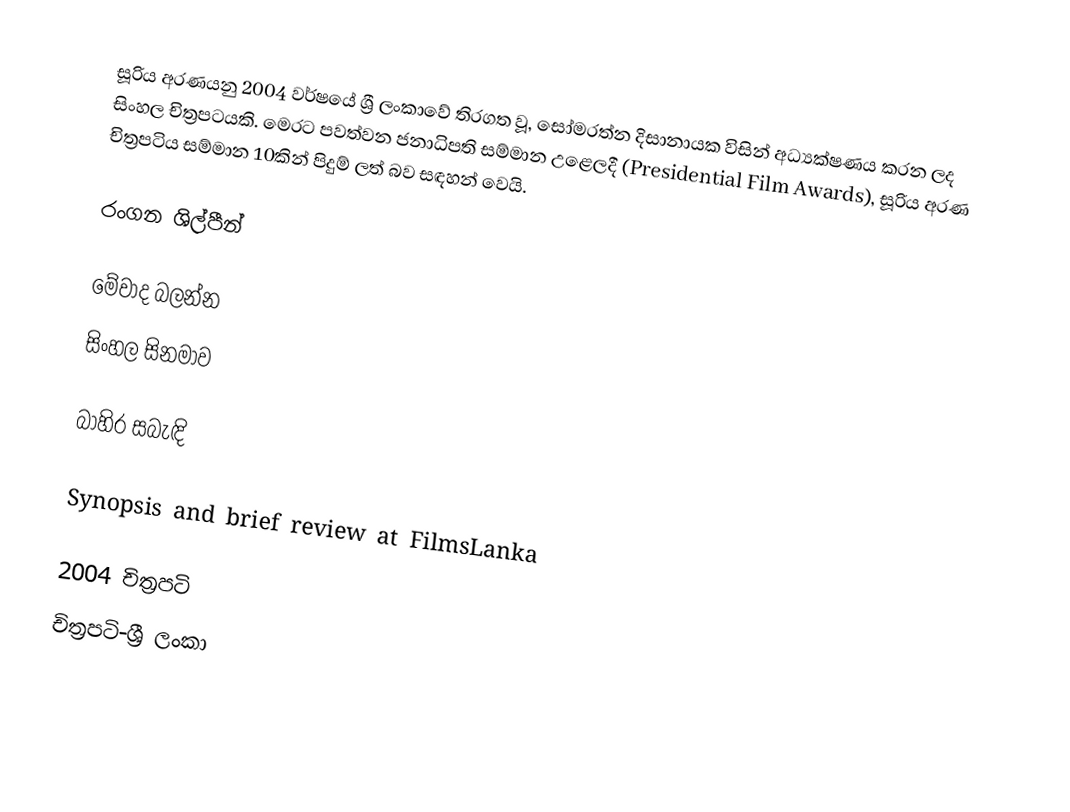
සූරිය අරණයනු 2004 වර්ෂයේ ශ්‍රී ලංකාවේ තිරගත වූ, සෝමරත්න දිසානායක විසින් අධ්‍යක්ෂණය කරන ලද සිංහල චිත්‍රපටයකි. මෙරට පවත්වන ජනාධිපති සම්මාන උළෙලදී (Presidential Film Awards), සූරිය අරණ චිත්‍රපටිය සම්මාන 10කින් පිදුම් ලත් බව සඳහන් වෙයි.

රංගන ශිල්පීන්

මේවාද බලන්න
සිංහල සිනමාව

බාහිර සබැඳි

 Synopsis and brief review at FilmsLanka

2004 චිත්‍රපටි
චිත්‍රපටි-ශ්‍රී ලංකා